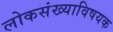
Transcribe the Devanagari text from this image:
लोकसंख्याविषयक